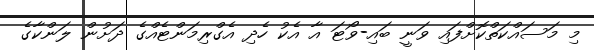
މި މަސައްކަތްކޮށްފައި ވަނީ ބައި-ވޯޓަ އާ އެކު ހެދި އެގްރިމަންޓެއްގެ ދަށުން ލަންކާގެ